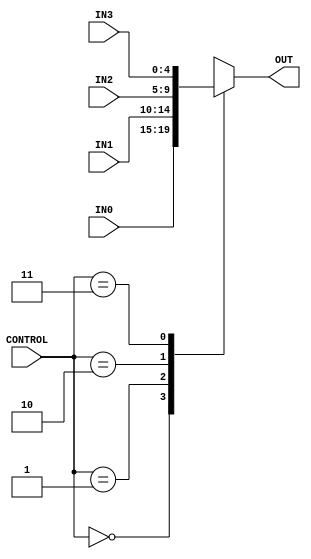
module Multiplexer_4way(

    input [1:0] CONTROL,
    input [4:0] IN0,
    input [4:0] IN1,
    input [4:0] IN2,
    input [4:0] IN3,
    output  reg [4:0] OUT
    );
    always@(CONTROL or IN0 or IN1 or IN2 or IN3) 
    begin
       case(CONTROL)
            2'b00: OUT<=IN0;
            2'b01: OUT<=IN1;
            2'b10: OUT<=IN2;
            2'b11: OUT<=IN3;
            default: OUT=5'b00000;
        endcase 
    end 
endmodule